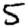
Digit: 5